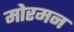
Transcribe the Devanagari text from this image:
मोरमन